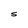
Character: S